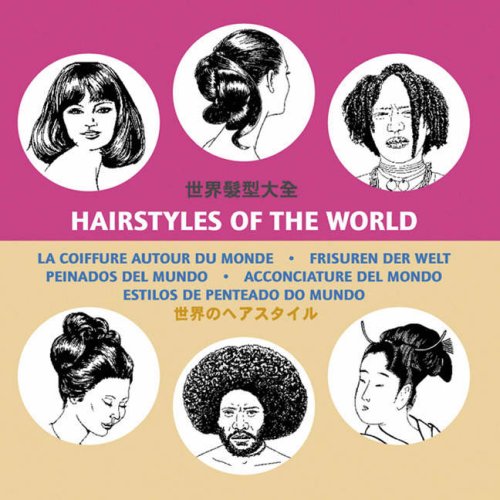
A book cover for Hairstyles of the World; Pepin Van Roojen; Health, Fitness & Dieting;